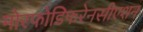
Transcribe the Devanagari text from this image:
मोरफोडिफरेनसीएशन